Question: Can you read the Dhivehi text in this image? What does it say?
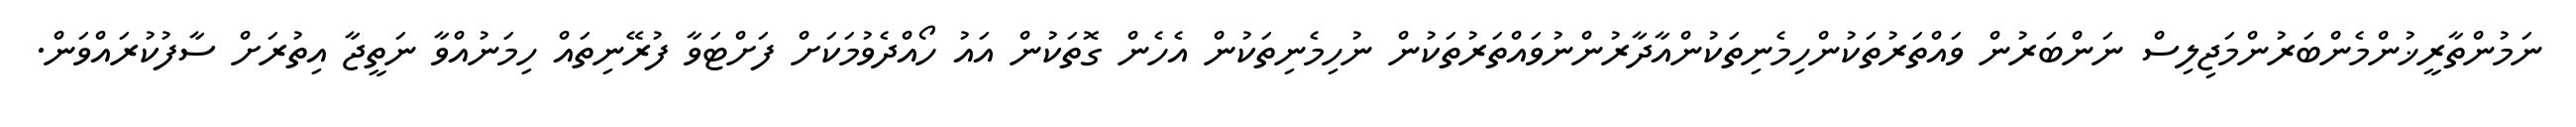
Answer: ނަމުންތާރީޚުންމެންބަރުންމަޖިލިސް ނަންބަރުން ވައްތަރުތަކުންހިމެނިތަކުންއާދާރުންނުވައްތަރުތަކުން ނުހިމެނިތަކުން އެހެން ގޮތަކުން އައު ހޯއްދެވުމަކަށް ފަށްޓަވާ ފުރޭނިތައް ހިމަނުއްވާ ނަތީޖާ އިތުރަށް ސާފުކުރައްވަން.